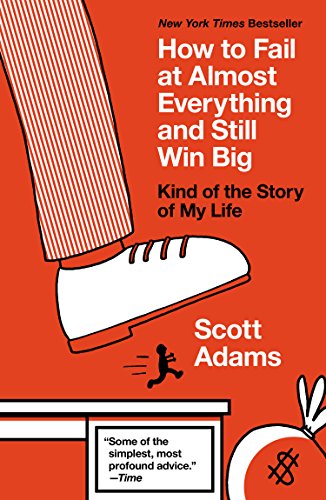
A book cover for How to Fail at Almost Everything and Still Win Big: Kind of the Story of My Life; Scott Adams; Humor & Entertainment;